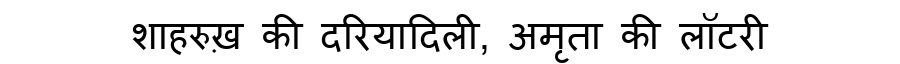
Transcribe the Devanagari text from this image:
शाहरुख़ की दरियादिली, अमृता की लॉटरी